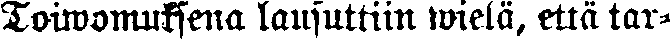
Toiwomuksena lausuttiin wielä, että tar-